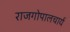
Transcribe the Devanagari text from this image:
राजगोपालचार्य